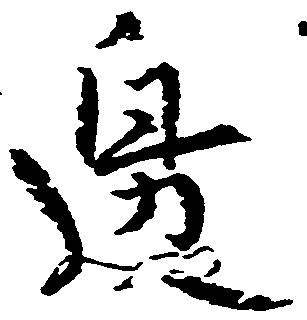
辺